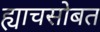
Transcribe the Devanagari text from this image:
ह्याचसोबत